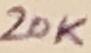
Text: 20K